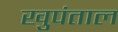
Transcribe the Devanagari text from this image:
खुपंताल